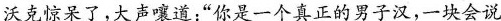
沃克惊呆了，大声嚷道”你是一个真正的男子汉，一块会说